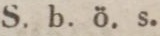
S. b. ö. s.